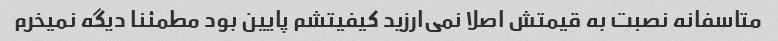
متاسفانه نصبت به قیمتش اصلا نمی‌ارزید کیفیتشم پایین بود مطمئنا دیگه نمیخرم